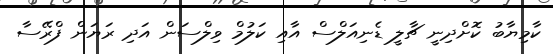
ކާމިޔާބު ކޮށްދިނީ ޗާލީ ޑެނިއަލްސް އާއި ކަލުމް ވިލްސަން އަދި ރަޔަން ފްރޭސާ